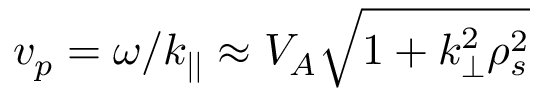
v _ { p } = \omega / k _ { | | } \approx V _ { A } \sqrt { 1 + k _ { \perp } ^ { 2 } \rho _ { s } ^ { 2 } }